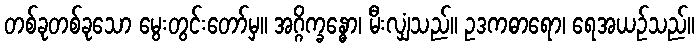
တစ်ခုတစ်ခုသော မွေးတွင်းတော်မှ။ အဂ္ဂိက္ခန္ဓော၊ မီးလျှံသည်။ ဥဒကဓာရော၊ ရေအယဉ်သည်။